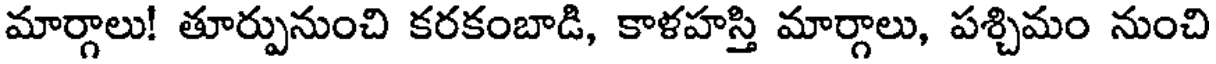
మార్గాలు! తూర్పునుంచి కరకంబాడి, కాళహస్తి మార్గాలు, పశ్చిమం నుంచి